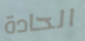
الحادة